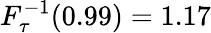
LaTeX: F_{\tau}^{-1}(0.99)=1.17